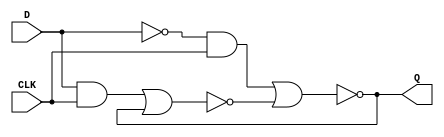
module D_Latch (
  input D,
  input CLK,
  output reg Q
);
 wire x, y;
nor(x, (D & CLK), y);
nor(y, (~D & CLK), x);

always@(*)begin
    Q <= y;
end

endmodule